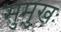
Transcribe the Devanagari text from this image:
सुमुखः